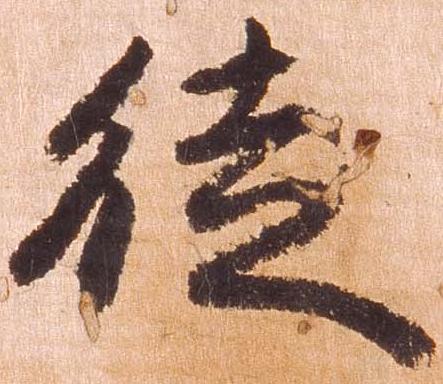
徒